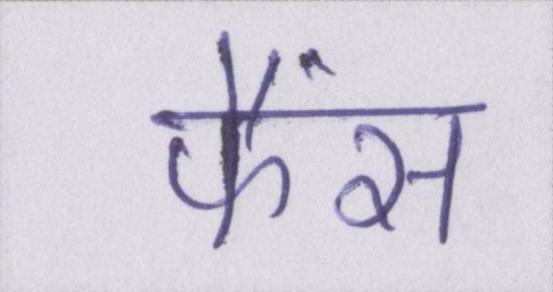
फैंस